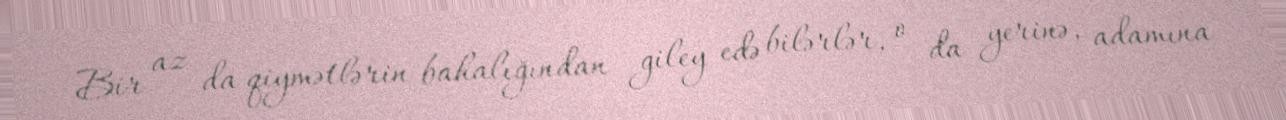
Bir az da qiymətlərin bahalığından giley edə bilərlər, o da yerinə, adamına